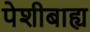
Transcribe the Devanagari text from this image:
पेशीबाह्य